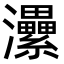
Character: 㶟